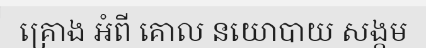
គ្រោង អំពី គោល នយោបាយ សង្គម